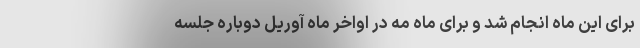
برای این ماه انجام شد و برای ماه مه در اواخر ماه آوریل دوباره جلسه